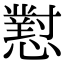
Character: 懟